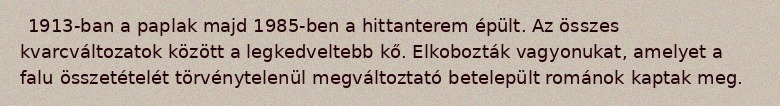
1913-ban a paplak majd 1985-ben a hittanterem épült. Az összes kvarcváltozatok között a legkedveltebb kő. Elkobozták vagyonukat, amelyet a falu összetételét törvénytelenül megváltoztató betelepült románok kaptak meg.